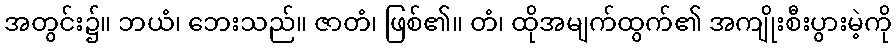
အတွင်း၌။ ဘယံ၊ ဘေးသည်။ ဇာတံ၊ ဖြစ်၏။ တံ၊ ထိုအမျက်ထွက်၏ အကျိုးစီးပွားမဲ့ကို